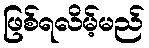
ဖြစ်ရလိမ့်မည်